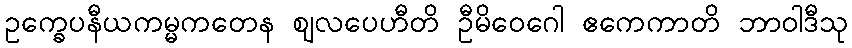
ဥက္ခေပနီယကမ္မကတေန ဈလပေဟီတိ ဦမိဝေဂေါ ဧကေကာတိ ဘာဝါဒီသု